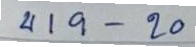
419 - 20